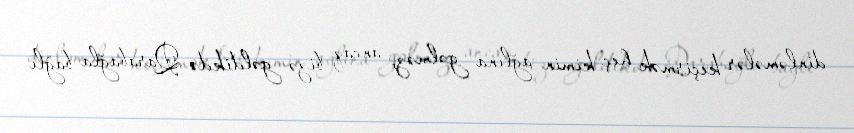
dinləmələr keçirmək heç kimin ağlına gəlməz, ancaq bizə gəldikdə Qarabağla bağlı